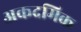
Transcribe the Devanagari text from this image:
अकदमिक